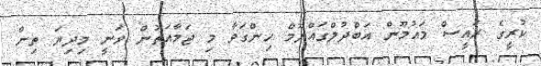
ކުރީގެ ރައީސް މައުމޫން އަބްދުލްގައްޔޫމް ހިންގަވާ މި ޖަމާއަތުން ވަނީ މިދިޔަ ތިން